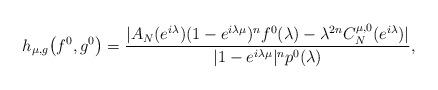
LaTeX: \begin{align*}h_{\mu,g}\bigl(f^0,g^0\bigr)=\frac{|A_N(e^{i\lambda})(1-e^{i\lambda\mu})^{n}f^0(\lambda)- \lambda^{2n}C^{\mu,0}_{N}(e^{i\lambda})|}{|1-e^{i\lambda\mu}|^{n}p^0(\lambda)},\end{align*}